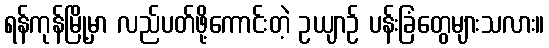
ရန်ကုန်မြို့မှာ လည်ပတ်ဖို့ကောင်းတဲ့ ဥယျာဉ် ပန်းခြံတွေများသလား။